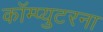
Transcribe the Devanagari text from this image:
कॉम्प्युटरना